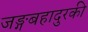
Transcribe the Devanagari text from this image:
जङ्गबहादुरकी